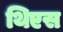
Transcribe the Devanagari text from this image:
थिएस